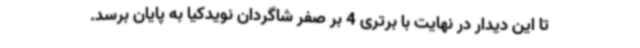
تا این دیدار در نهایت با برتری 4 بر صفر شاگردان نویدکیا به پایان برسد.